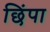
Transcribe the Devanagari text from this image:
छिंपा